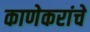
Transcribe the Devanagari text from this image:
काणेकरांचे